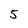
Character: 5